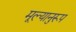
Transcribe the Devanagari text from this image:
मूल्यानुरूप